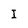
Character: I